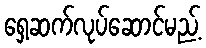
ရှေ့ဆက်လုပ်ဆောင်မည့်